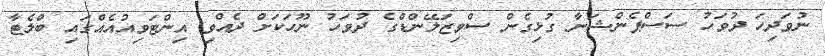
ނުވަދިހަ ދުވަހު ސަސްޕެންޝަނާ ގުޅިގެން ސްވިޒަލޭންޑްގެ ދުވަހު ނޫހަކަށް ދެއްވި އިންޓަވިއުއެއްގައި ބްލެޓާ